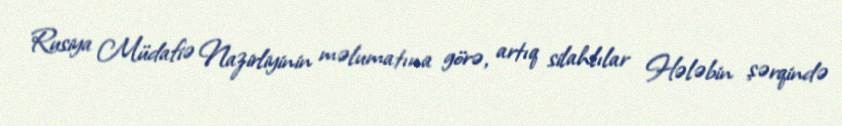
Rusiya Müdafiə Nazirliyinin məlumatına görə, artıq silahlılar Hələbin şərqində